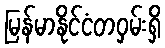
မြန်မာနိုင်ငံတဝှမ်းရှိ